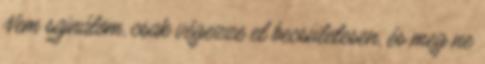
Nem sajnálom, csak végezze el becsületesen, és meg ne